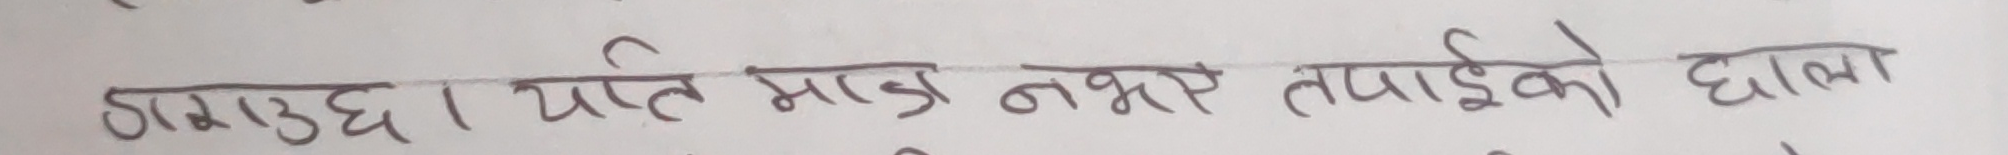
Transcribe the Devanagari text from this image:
छाउछ। यति भाडा नभए तपाईको छाला